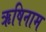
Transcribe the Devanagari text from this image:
ऋषिनाम